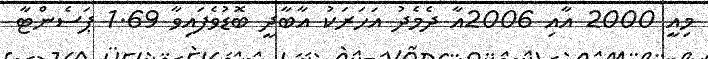
މިއީ 2000 އާއި 2006އާ ދެމެދު އަހަރަކު އާބާދީ ބޮޑުވެފައިވާ 1.69 ޕަސެންޓާ